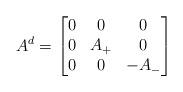
LaTeX: \begin{align*} A^d = \left[ \begin{matrix} 0 & 0& 0 \\ 0 & A_+ & 0 \\ 0&0& -A_- \end{matrix} \right]\end{align*}